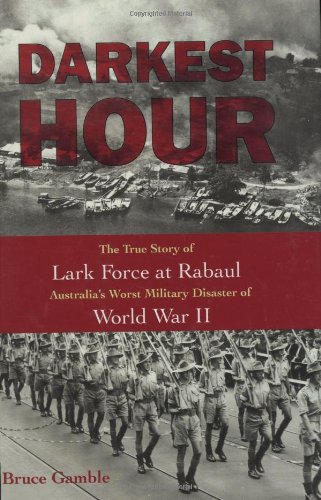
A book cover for Darkest Hour: The True Story of Lark Force at Rabaul - Australia's Worst Military Disaster of World War II; Bruce Gamble; History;